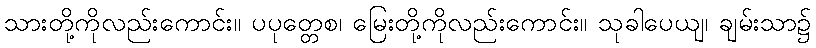
သားတို့ကိုလည်းကောင်း။ ပပုတ္တေစ၊ မြေးတို့ကိုလည်းကောင်း။ သုခါပေယျ၊ ချမ်းသာ၌